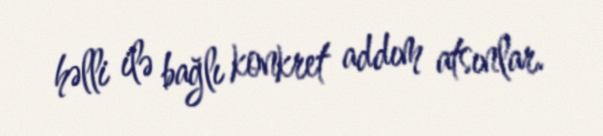
həlli ilə bağlı konkret addım atsınlar.